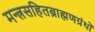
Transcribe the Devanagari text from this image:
मन्त्रसहितब्राह्मणग्रंथों